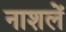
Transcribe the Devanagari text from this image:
नाशलें